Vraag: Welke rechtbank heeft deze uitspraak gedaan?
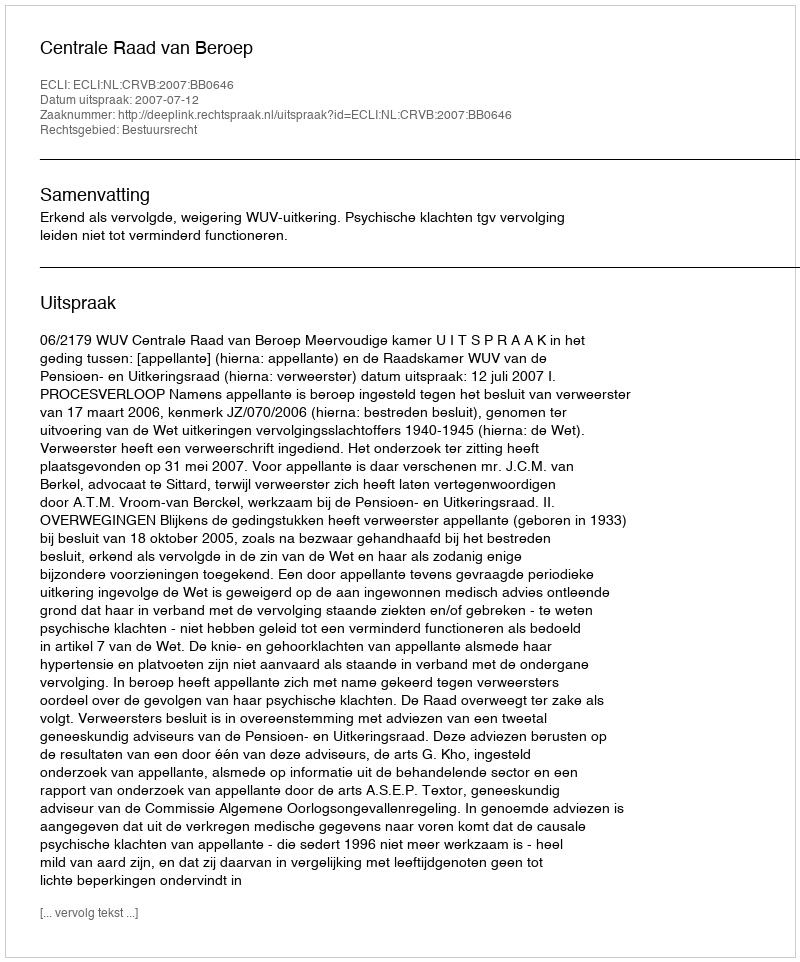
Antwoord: Centrale Raad van Beroep